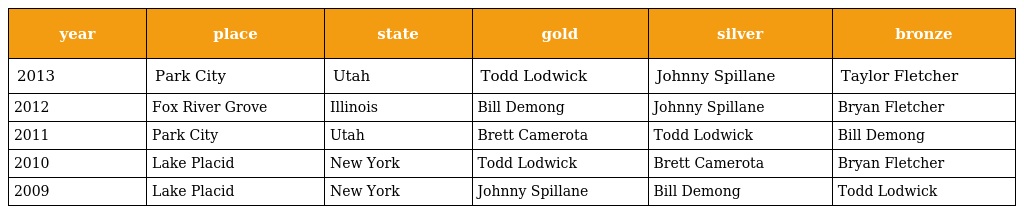
| year | place | state | gold | silver | bronze |
 | --- | --- | --- | --- | --- | --- |
 | 2013 | Park City | Utah | Todd Lodwick | Johnny Spillane | Taylor Fletcher |
 | 2012 | Fox River Grove | Illinois | Bill Demong | Johnny Spillane | Bryan Fletcher |
 | 2011 | Park City | Utah | Brett Camerota | Todd Lodwick | Bill Demong |
 | 2010 | Lake Placid | New York | Todd Lodwick | Brett Camerota | Bryan Fletcher |
 | 2009 | Lake Placid | New York | Johnny Spillane | Bill Demong | Todd Lodwick |